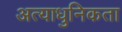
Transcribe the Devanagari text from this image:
अत्याधुनिकता